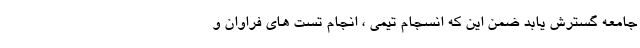
جامعه گسترش یابد ضمن این که انسجام تیمی ، انجام تست های فراوان و